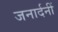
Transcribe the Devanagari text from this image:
जनार्दनीं